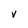
Character: V